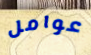
عوامل